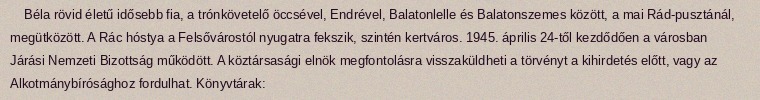
Béla rövid életű idősebb fia, a trónkövetelő öccsével, Endrével, Balatonlelle és Balatonszemes között, a mai Rád-pusztánál, megütközött. A Rác hóstya a Felsővárostól nyugatra fekszik, szintén kertváros. 1945. április 24-től kezdődően a városban Járási Nemzeti Bizottság működött. A köztársasági elnök megfontolásra visszaküldheti a törvényt a kihirdetés előtt, vagy az Alkotmánybírósághoz fordulhat. Könyvtárak: